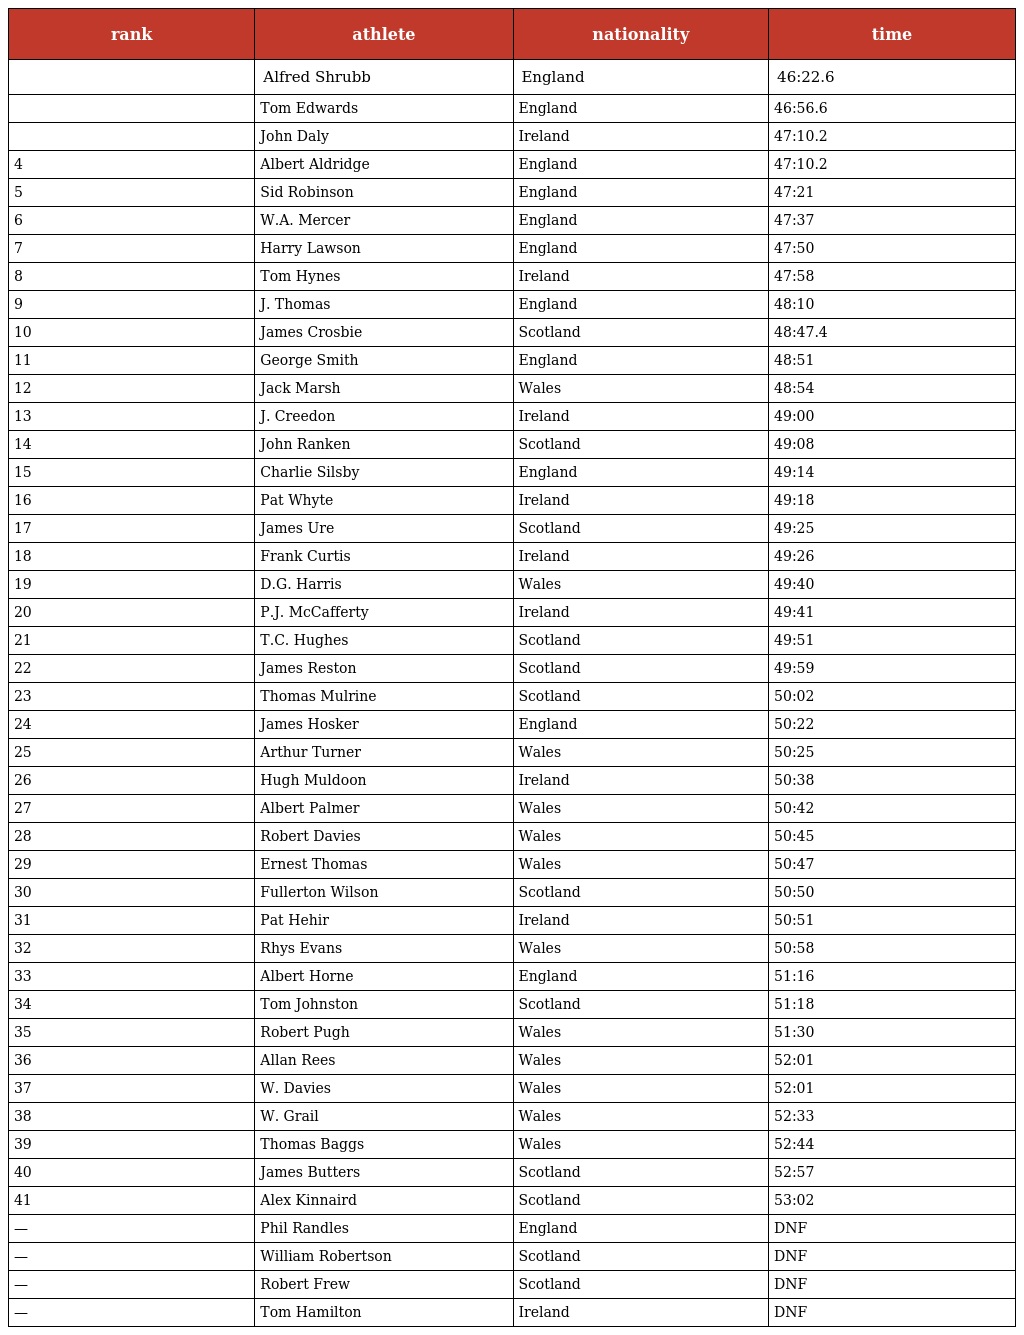
| rank | athlete | nationality | time |
 | --- | --- | --- | --- |
 |  | Alfred Shrubb | England | 46:22.6 |
 |  | Tom Edwards | England | 46:56.6 |
 |  | John Daly | Ireland | 47:10.2 |
 | 4 | Albert Aldridge | England | 47:10.2 |
 | 5 | Sid Robinson | England | 47:21 |
 | 6 | W.A. Mercer | England | 47:37 |
 | 7 | Harry Lawson | England | 47:50 |
 | 8 | Tom Hynes | Ireland | 47:58 |
 | 9 | J. Thomas | England | 48:10 |
 | 10 | James Crosbie | Scotland | 48:47.4 |
 | 11 | George Smith | England | 48:51 |
 | 12 | Jack Marsh | Wales | 48:54 |
 | 13 | J. Creedon | Ireland | 49:00 |
 | 14 | John Ranken | Scotland | 49:08 |
 | 15 | Charlie Silsby | England | 49:14 |
 | 16 | Pat Whyte | Ireland | 49:18 |
 | 17 | James Ure | Scotland | 49:25 |
 | 18 | Frank Curtis | Ireland | 49:26 |
 | 19 | D.G. Harris | Wales | 49:40 |
 | 20 | P.J. McCafferty | Ireland | 49:41 |
 | 21 | T.C. Hughes | Scotland | 49:51 |
 | 22 | James Reston | Scotland | 49:59 |
 | 23 | Thomas Mulrine | Scotland | 50:02 |
 | 24 | James Hosker | England | 50:22 |
 | 25 | Arthur Turner | Wales | 50:25 |
 | 26 | Hugh Muldoon | Ireland | 50:38 |
 | 27 | Albert Palmer | Wales | 50:42 |
 | 28 | Robert Davies | Wales | 50:45 |
 | 29 | Ernest Thomas | Wales | 50:47 |
 | 30 | Fullerton Wilson | Scotland | 50:50 |
 | 31 | Pat Hehir | Ireland | 50:51 |
 | 32 | Rhys Evans | Wales | 50:58 |
 | 33 | Albert Horne | England | 51:16 |
 | 34 | Tom Johnston | Scotland | 51:18 |
 | 35 | Robert Pugh | Wales | 51:30 |
 | 36 | Allan Rees | Wales | 52:01 |
 | 37 | W. Davies | Wales | 52:01 |
 | 38 | W. Grail | Wales | 52:33 |
 | 39 | Thomas Baggs | Wales | 52:44 |
 | 40 | James Butters | Scotland | 52:57 |
 | 41 | Alex Kinnaird | Scotland | 53:02 |
 | — | Phil Randles | England | DNF |
 | — | William Robertson | Scotland | DNF |
 | — | Robert Frew | Scotland | DNF |
 | — | Tom Hamilton | Ireland | DNF |